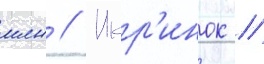
млн // Икр'инок //